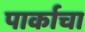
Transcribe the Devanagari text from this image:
पार्काचा